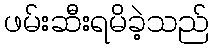
ဖမ်းဆီးရမိခဲ့သည်